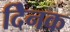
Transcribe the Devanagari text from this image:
दैिनक